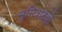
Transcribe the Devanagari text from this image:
सुमित्रादेवी